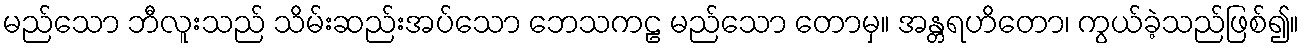
မည်သော ဘီလူးသည် သိမ်းဆည်းအပ်သော ဘေသကဠ မည်သော တောမှ။ အန္တရဟိတော၊ ကွယ်ခဲ့သည်ဖြစ်၍။